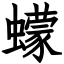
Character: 蠓